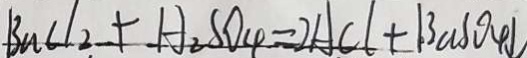
B n C l _ { 2 } + H _ { 2 } S O _ { 4 } = 2 A C l + B a S O _ { 4 } \downarrow